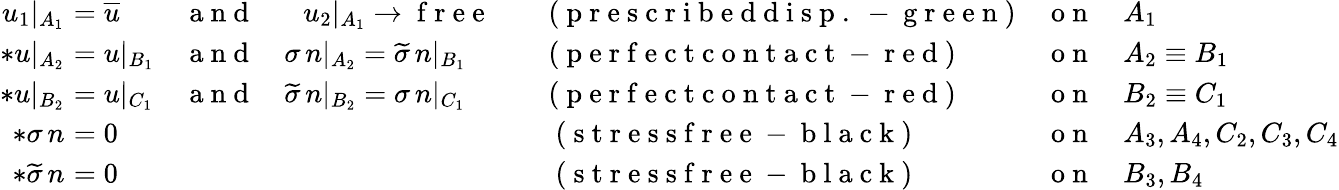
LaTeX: \begin{array}{r}{\begin{array}{rlllll}{u_{1}\vert_{A_{1}}}&{\! \! \! \! =\overline{{u}}}&{\mathrm{~a~n~d~}\quad\, \, \, \, u_{2}\vert_{A_{1}}\to\mathrm{~f~r~e~e~}}&{\quad(\mathrm{~p~r~e~s~c~r~i~b~e~d~d~i~s~p~.~-~g~r~e~e~n~})}&{\mathrm{~o~n~}}&{A_{1}}\\ {*u\vert_{A_{2}}}&{\! \! \! \! =u\vert_{B_{1}}}&{\mathrm{~a~n~d~}\quad\sigma\, n\vert_{A_{2}}=\widetilde{\sigma}\, n\vert_{B_{1}}}&{\quad(\mathrm{~p~e~r~f~e~c~t~c~o~n~t~a~c~t~-~r~e~d~})}&{\mathrm{~o~n~}}&{A_{2}\equiv B_{1}}\\ {*u\vert_{B_{2}}}&{\! \! \! \! =u\vert_{C_{1}}}&{\mathrm{~a~n~d~}\quad\widetilde{\sigma}\, n\vert_{B_{2}}=\sigma\, n\vert_{C_{1}}}&{\quad(\mathrm{~p~e~r~f~e~c~t~c~o~n~t~a~c~t~-~r~e~d~})}&{\mathrm{~o~n~}}&{B_{2}\equiv C_{1}}\\ {*\sigma\, n}&{\! \! \! \! =0}&{}&{\quad\mathrm{~(~s~t~r~e~s~s~f~r~e~e~-~b~l~a~c~k~)~}}&{\mathrm{~o~n~}}&{A_{3},A_{4},C_{2},C_{3},C_{4}}\\ {*\widetilde{\sigma}\, n}&{\! \! \! \! =0}&{}&{\quad\mathrm{~(~s~t~r~e~s~s~f~r~e~e~-~b~l~a~c~k~)~}}&{\mathrm{~o~n~}}&{B_{3},B_{4}}\end{array}}\end{array}